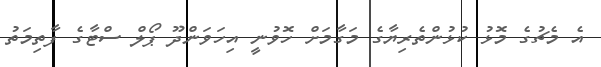
އެ މެޗުގެ މޮޅު ކުޅުންތެރިޔާގެ މަގާމަށް ހޮވުނީ އިހަވަންދޫ ޕޯލް ސްޓާގެ ފާތިމަތު